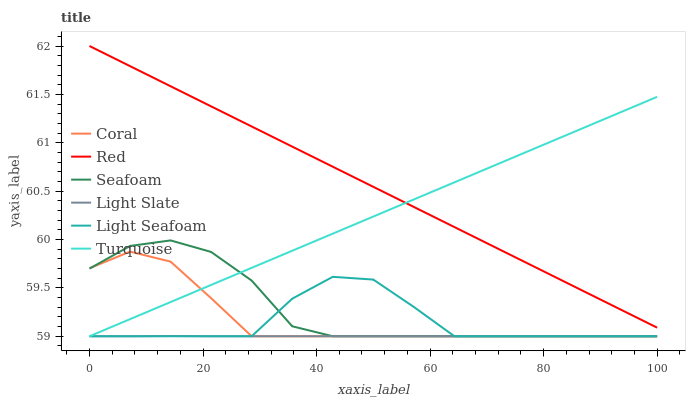
| xaxis_label | Coral | Red | Seafoam | Light Slate | Light Seafoam | Turquoise |
 | --- | --- | --- | --- | --- | --- | --- |
 | 0 | 59.7 | 62 | 59.7 | 59 | 59 | 59 |
 | 7.14 | 59.9 | 61.8 | 59.9 | 59 | 59 | 59.2 |
 | 14.3 | 59.8 | 61.6 | 60 | 59 | 59 | 59.4 |
 | 21.4 | 59.4 | 61.4 | 59.9 | 59 | 59 | 59.5 |
 | 28.6 | 59 | 61.2 | 59.6 | 59 | 59 | 59.7 |
 | 35.7 | 59 | 61 | 59.1 | 59 | 59.4 | 59.9 |
 | 42.9 | 59 | 60.8 | 59 | 59 | 59.6 | 60.1 |
 | 50 | 59 | 60.5 | 59 | 59 | 59.6 | 60.2 |
 | 57.1 | 59 | 60.3 | 59 | 59 | 59.3 | 60.4 |
 | 64.3 | 59 | 60.1 | 59 | 59 | 59 | 60.6 |
 | 71.4 | 59 | 59.9 | 59 | 59 | 59 | 60.8 |
 | 78.6 | 59 | 59.7 | 59 | 59 | 59 | 60.9 |
 | 85.7 | 59 | 59.5 | 59 | 59 | 59 | 61.1 |
 | 92.9 | 59 | 59.3 | 59 | 59 | 59 | 61.3 |
 | 100 | 59 | 59.1 | 59 | 59 | 59 | 61.5 |